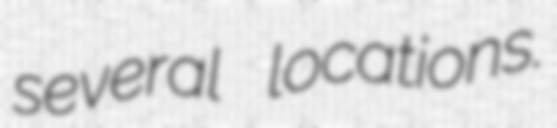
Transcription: several locations.